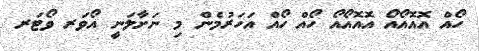
ހޯއް އޮއޮއޯއޯ އޮއޮއޯއޯ ހޯއް ހޯއް އަހަރުމެން މި ނަށާލަނީ އޯވަރ ވޯޓަރ